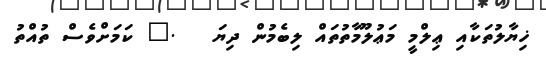
ޚިޔާލުތަކާއި ޢިލްމީ މަޢުލޫމާތުތައް ލިބެމުން ދިޔަ   ." ކަމަށްވެސް ތުއްތު